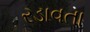
રડાવતા